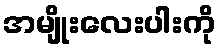
အမျိုးလေးပါးကို